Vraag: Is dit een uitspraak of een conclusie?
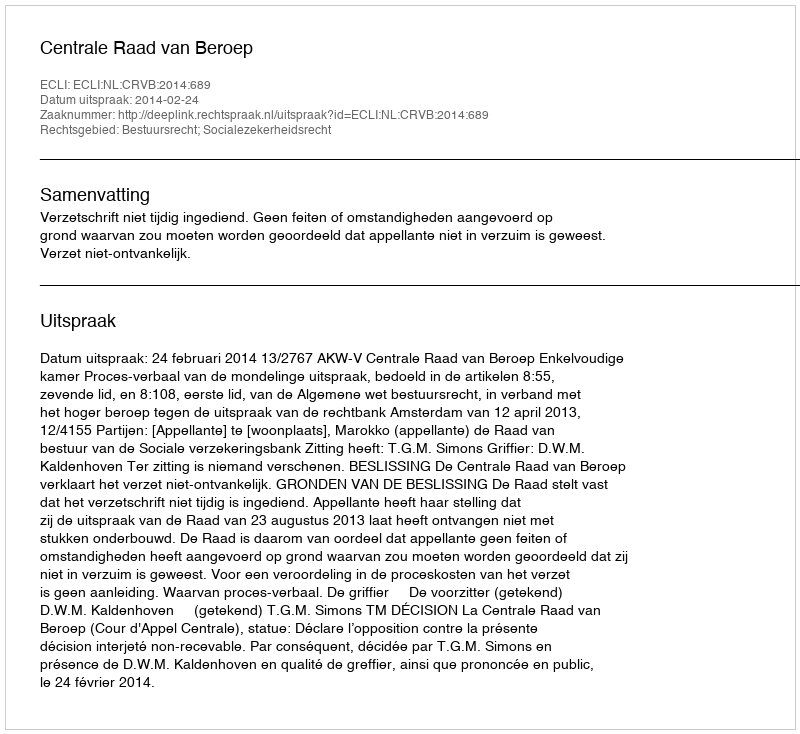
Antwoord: Uitspraak